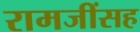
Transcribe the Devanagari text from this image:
रामजींसह